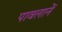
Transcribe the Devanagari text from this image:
पावलानें